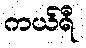
ကယ်ရီ